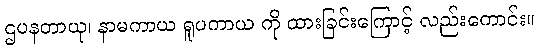
ဌပနတာယု၊ နာမကာယ ရူပကာယ ကို ထားခြင်းကြောင့် လည်းကောင်း။